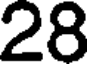
28